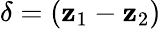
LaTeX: \delta=(\mathbf{z}_{1}-\mathbf{z}_{2})